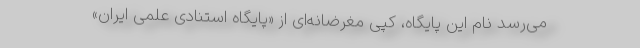
می‌رسد نام این پایگاه، کپی مغرضانه‌ای از «پایگاه استنادی علمی ایران»